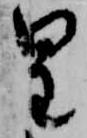
皇